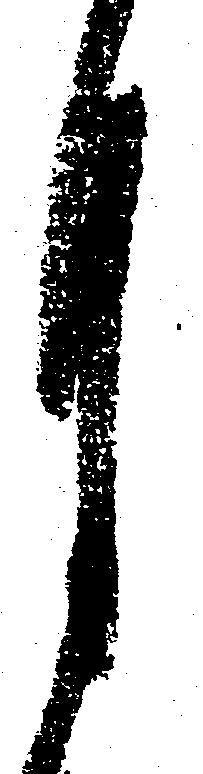
月